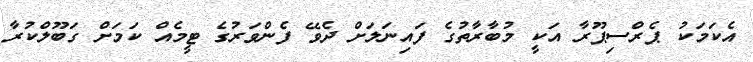
އެކަމަކު ޕެރްސިޕޫރާ އަކީ މުބާރާތުގެ ފައިނަލަށް ދެވޭ ފެންވަރުގެ ޓީމެއް ކަމަށް ގަބޫލްކުރާ